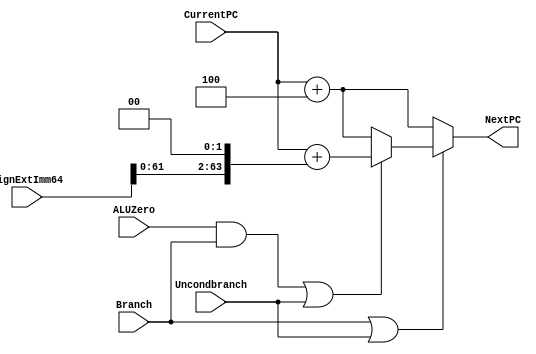
module NextPClogic(NextPC, CurrentPC, SignExtImm64, Branch, ALUZero, Uncondbranch); 
	input [63:0] CurrentPC, SignExtImm64;
	input Branch, ALUZero, Uncondbranch;
	output reg [63:0] NextPC;

	always@(*) begin
		if (Branch || Uncondbranch) 
		begin
			if(ALUZero && Branch || Uncondbranch)
				NextPC <= CurrentPC + (SignExtImm64 << 2);
			else NextPC <= CurrentPC + 4;
		end
		// else if (Uncondbranch) begin
		// 	NextPC <= CurrentPC + (SignExtImm64 << 2);
		// end
		else NextPC <= CurrentPC + 4;
	end
endmodule